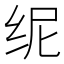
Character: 𱺙